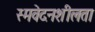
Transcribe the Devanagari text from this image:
स्मवेदनशीलता